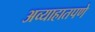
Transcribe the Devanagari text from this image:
अव्याहातपणे